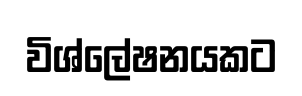
විශ්ලේෂනයකට